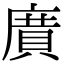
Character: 𭙯